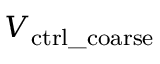
V _ { \mathrm { c t r l \_ c o a r s e } }